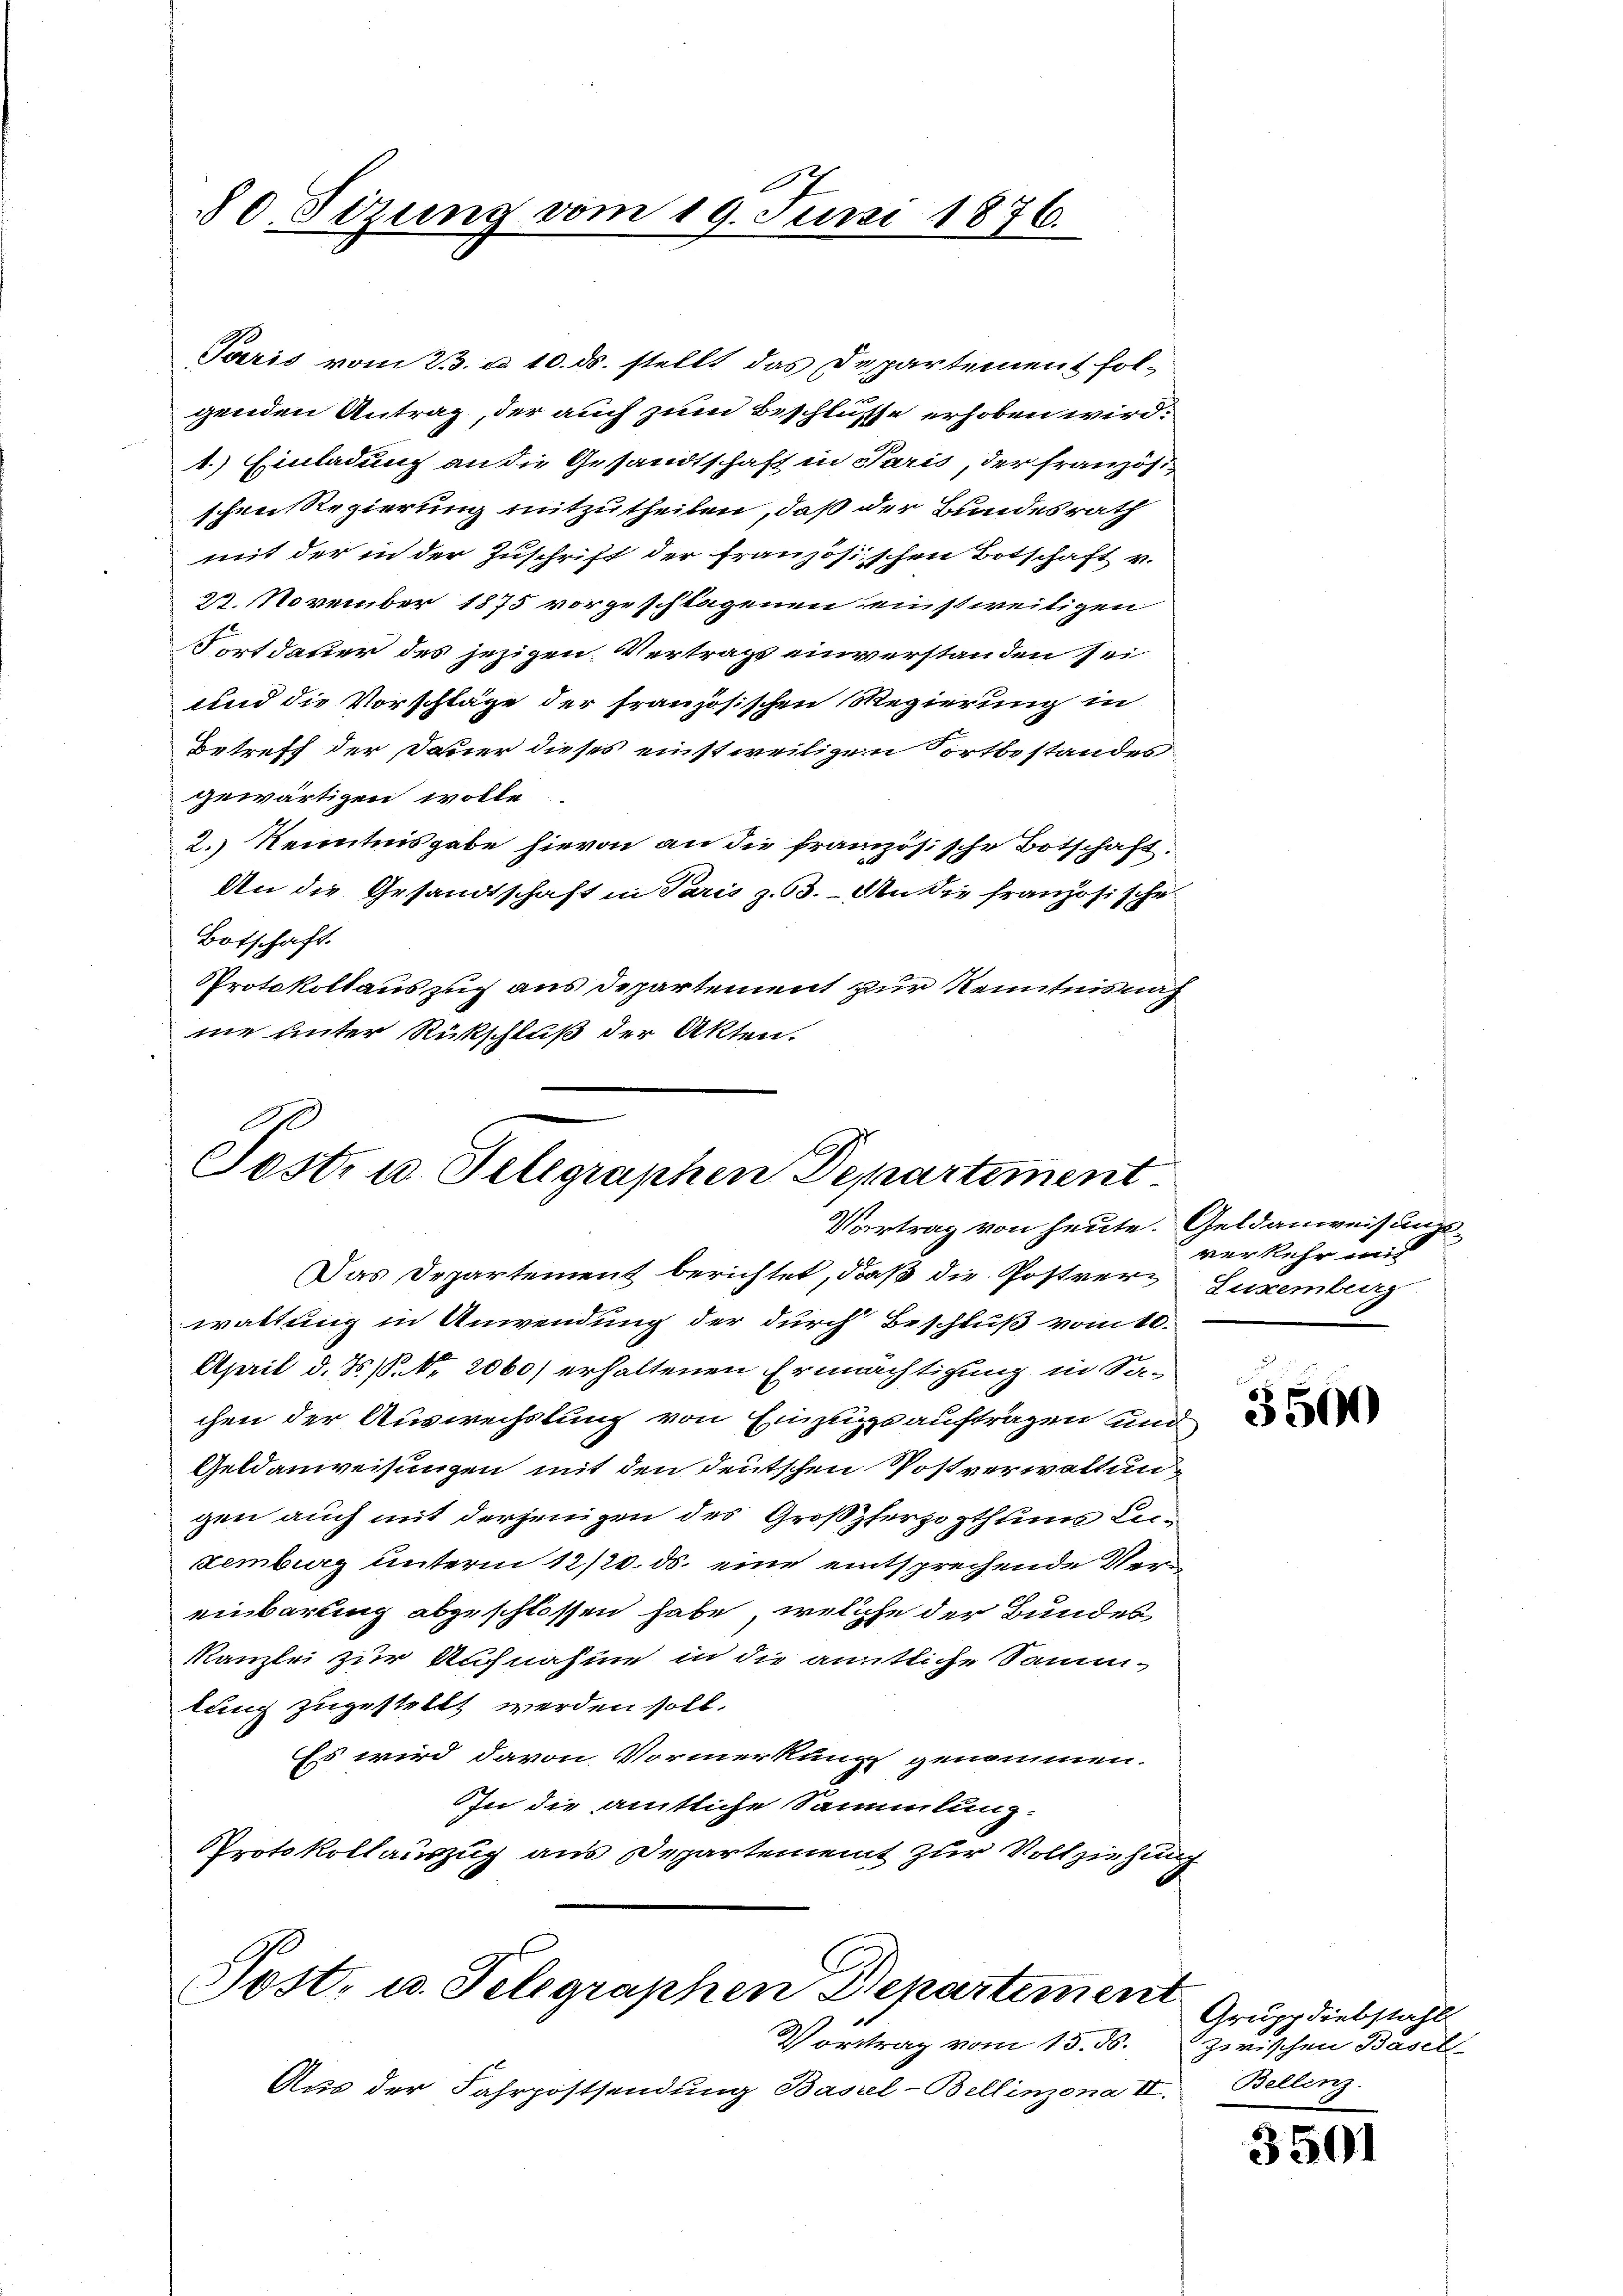
37
80. Sizung vom 19. Juni 1876.

Paris vom 23. d. 10. ds. stellt das Departement fol-
genden Antrag, der auch zum Beschlusse erhoben wird.
1.) Einladung an die Gesandtschaft in Paris, der französischen Regierung mitzutheilen, daß der Bundesrath
mit der in der Zuschrift der französischen Botschaft v.
27. November 1875 vorgeschlagenen einstweitigen
Fortdauer des jezigen Vertrags einverstanden sei,
und die Vorschläge der französischen Regierung in
Betreff der Dauer dieses einstweiligem Fortbestandes
gewärtigen wolle
2.) Kenntnisgabe hievon an die französische Botschaft.
An die Gesandtschaft in Paris z. 63. An die französische
Botschaft.
Protokollauszug aus Departement zur Kenntnisnah
ne unter Rückschluß der Akten.

Post- u. Telegraphen Departement
Vortrag von heute. Geldanweisungs¬

Vortrag vom 15. ds.

Das Departement berichtet, daß die Postverwaltung in Anwendung der durch Beschluß vom 10.
April d. J. P. Nr. 2060) erhaltenen Ermächtigung in Sa-
chen der Auswechslung von Einzugs aufträgen und
Geldanweisungen mit den deutschen Postverwaltungen auch mit derjenigen des Großherzogthums Ledemburg unterm 12/20. ds. eine entsprechende Vereinbarung abgeschlossen habe, welche der Bundes
Kanzlei zur Aufnahme in die amtliche Sammlung zugestellt werden soll.
Es wird davon Vormerkung genommen.
In die amtliche Sammlung.
Protokollauszug aus Departement zur Vollziehung
Post, u. Telegraphen Departement

Aus der Fahrpostsendung Basel-Bellinzona II. Belling.

verkehr wi
Luxemberg
¬

3500

Grupp diebstahl.
zwischen Basel-

3501